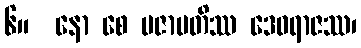
၆။  နော စေ ပဇာပတိဿ ဒေဝရာဇဿ၊